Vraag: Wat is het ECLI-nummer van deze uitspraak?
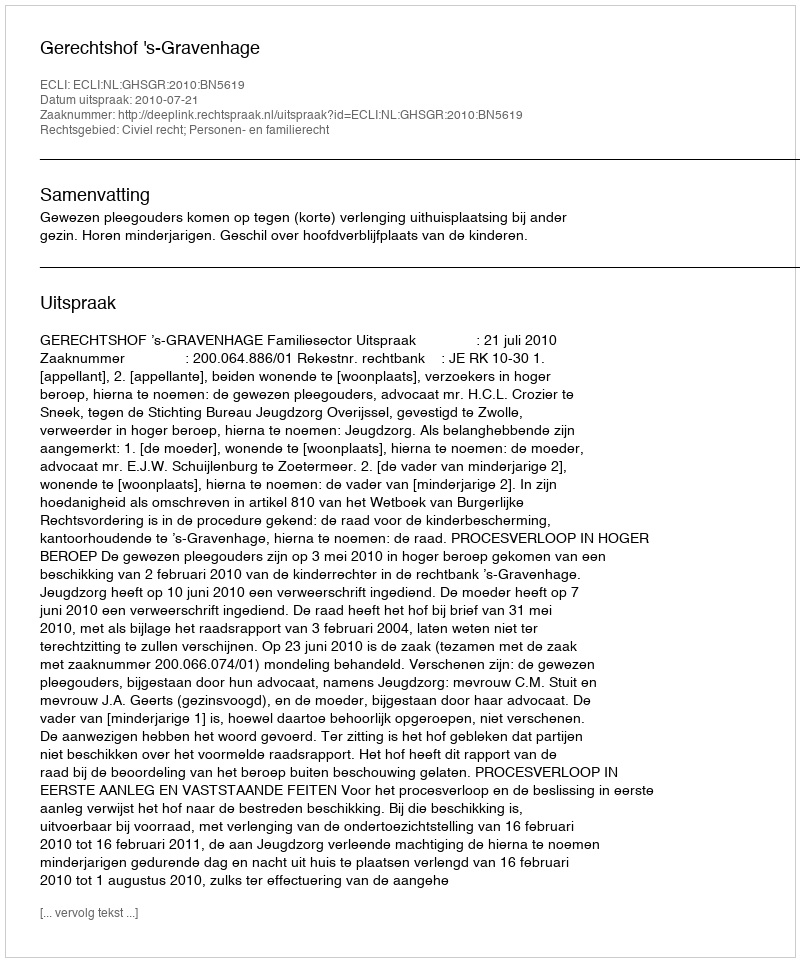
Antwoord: ECLI:NL:GHSGR:2010:BN5619